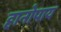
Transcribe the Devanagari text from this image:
हानोपाय